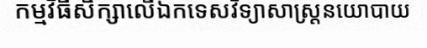
កម្មវិធីសិក្សាលើឯកទេសវិទ្យាសាស្ត្រនយោបាយ